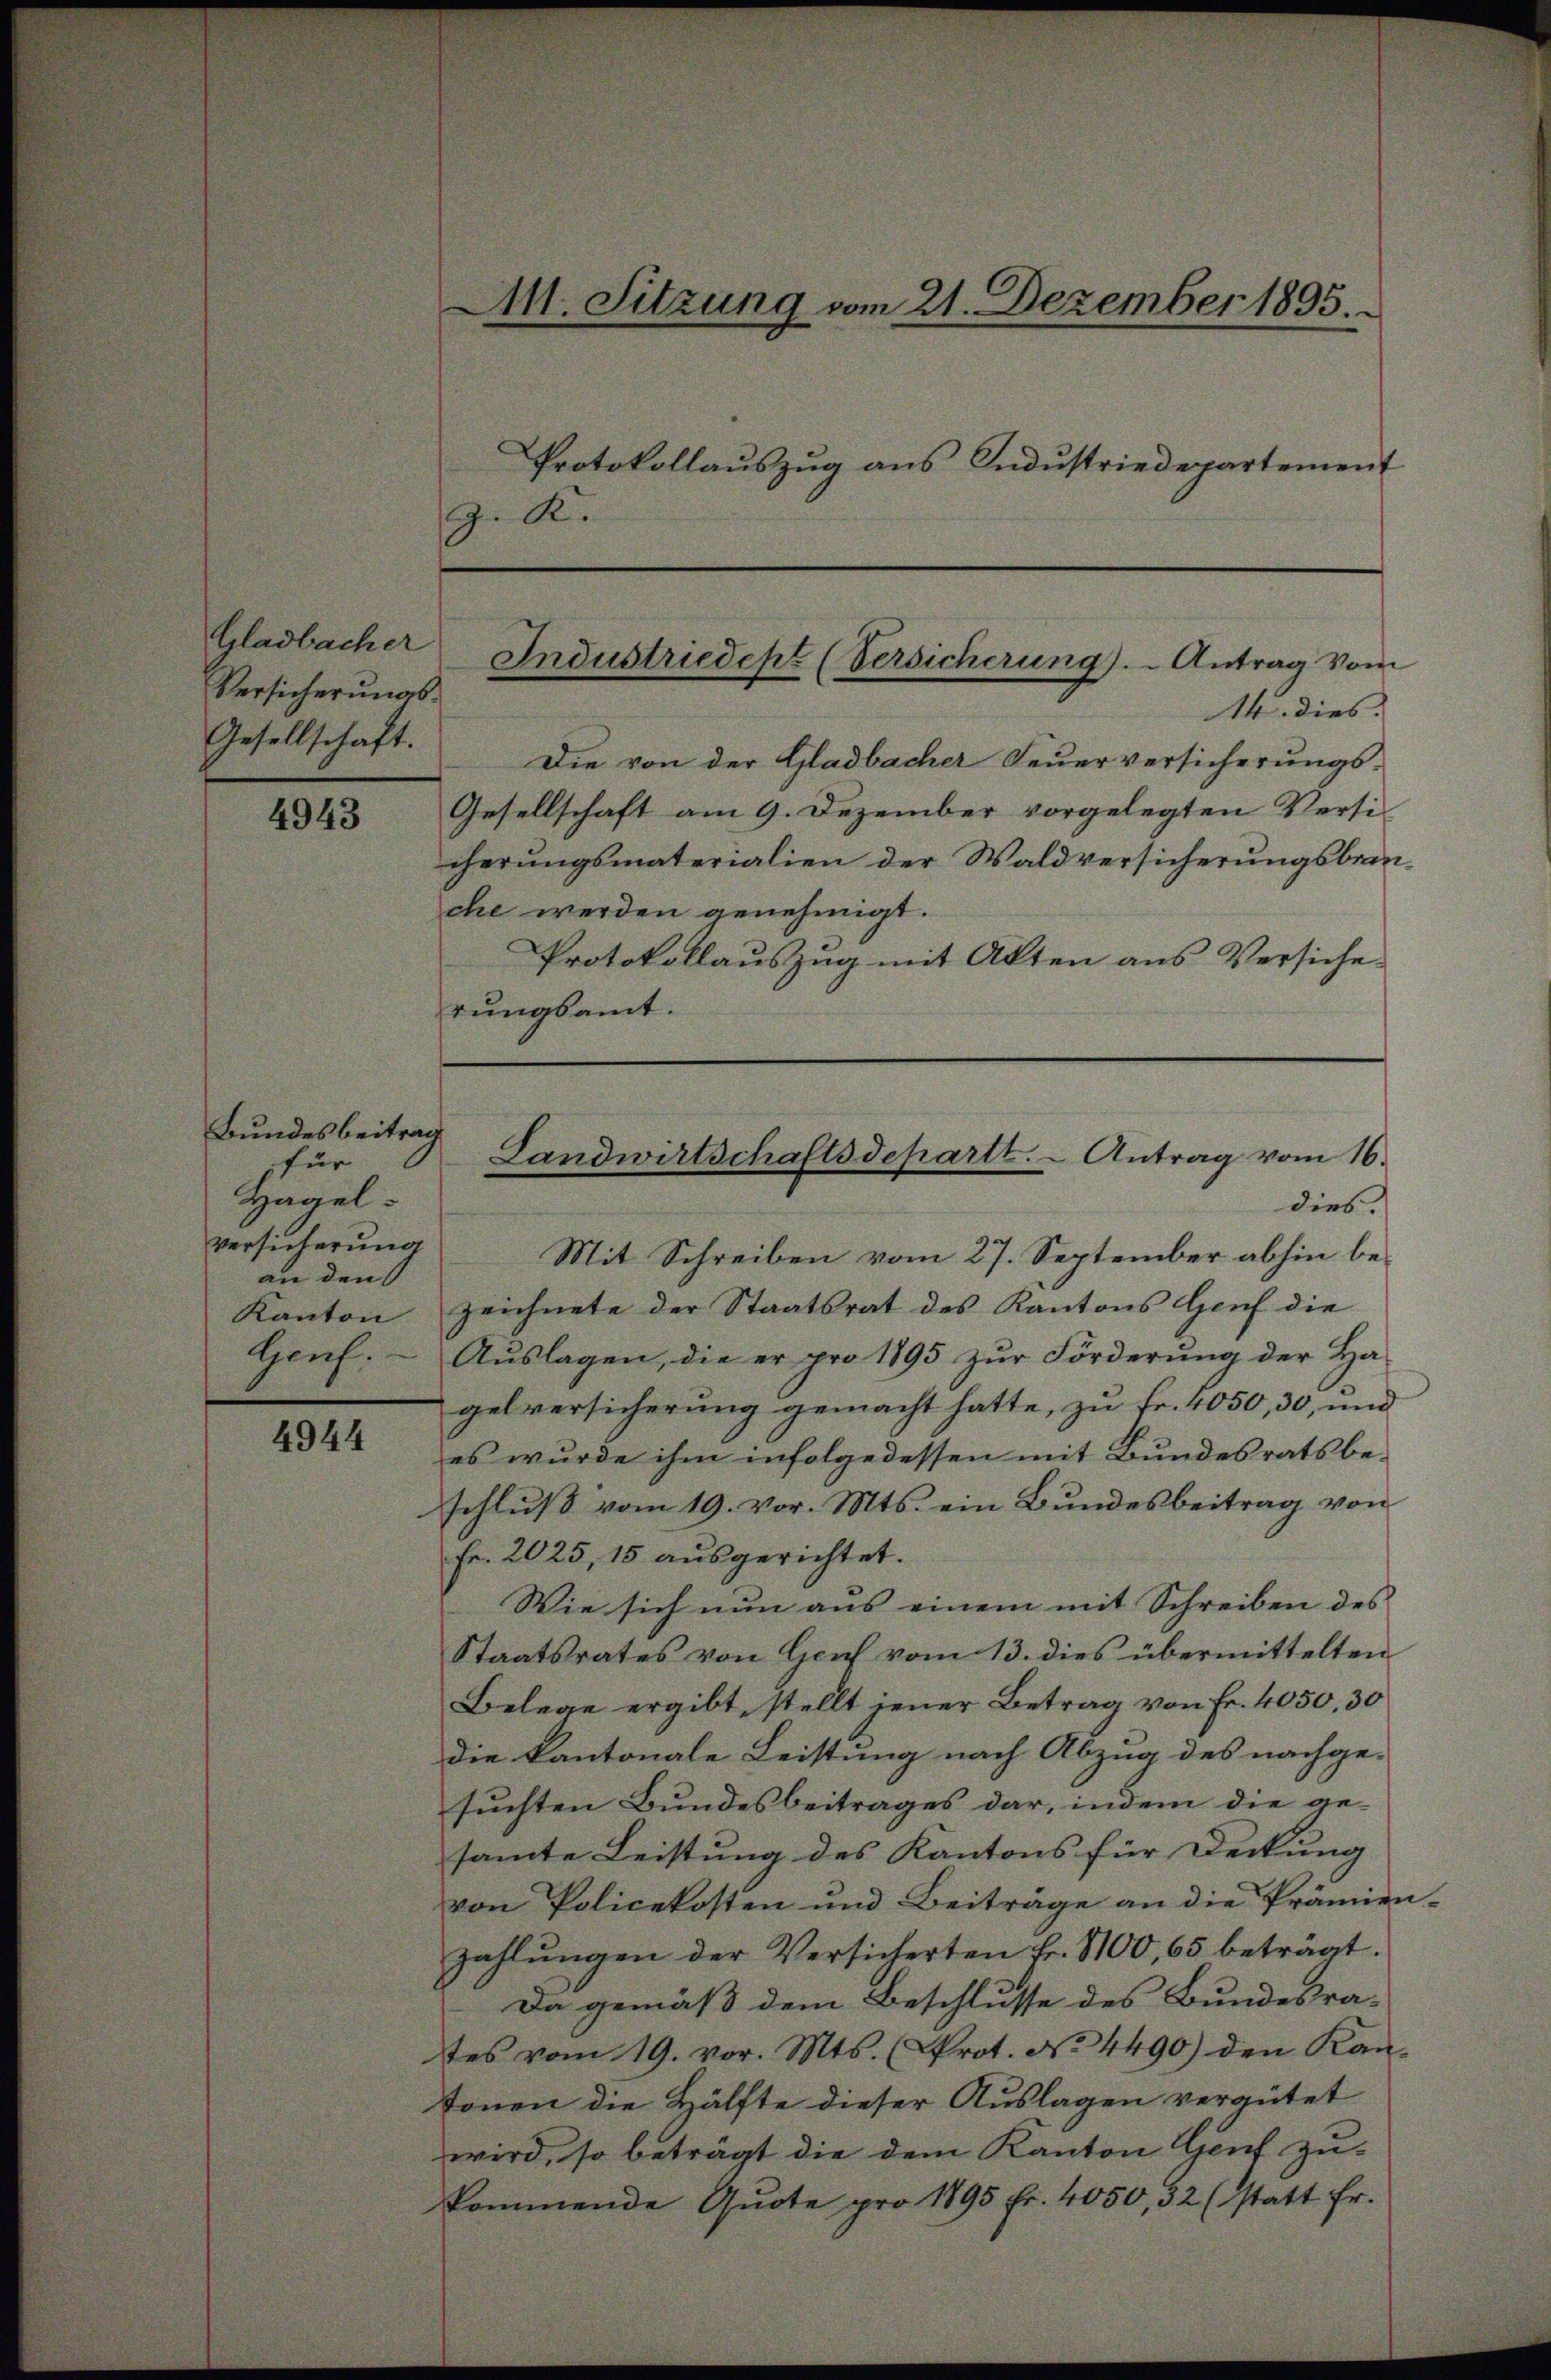
4943

4944

Gladbacher
Versicherungs¬
Gesellschaft.

Bundesbeitrag
für
Hagel
Versicherung
an den
Kanton
Gauf:

M. Sitzung vom 21. Dezember 1895.
Protokollauszug aus Industriedepartement

Industriedept (Versicherung). Antrag vom

Z. K.

14. dies
Die von der Gladbacher Feuerversicherungs¬
Gesellschaft am 9. Dezember vorgelegten Versicherungsmaterialien der Waldversicherungsbranche werden genehmigt.
Protokollauszug mit Akten aus Versiche
rungsamt.

Mit Schreiben vom 27. September abhin bezeichnete der Staatsrat des Kantons Genf die
Auslagen, die er pro 1895 zur Förderung der Ha-
gelversicherung gemacht hatte, zu Fr. 4050, 30, und
es wurde ihm infolgedessen mit Bundesratsbe-
schluß vom 19. vor. Mts. ein Bundesbeitrag von
Fr. 2025, 15 ausgerichtet.
Wie sich nun aus einem mit Schreiben des
Staatsrates von Genf vom 13. dies übermittelten
Belege ergibt, stellt jener Betrag von Fr. 4050, 30
die kantonale Leistung nach Abzug des nachge-
suchten Bundesbeitrages dar, indem die gesamte Leistung des Kantons für Deckung
von Policekosten und Beiträge an die Prämien-
zahlŭngen der Versicherten fr. 1100, 65 beträgt.
Da gemäß dem Beschlüsse des Bundesra-
tes vom 19. vor. Mts. (Prot. No 4490) den Kan-
tonen die Hälfte dieser Auslagen vergütet
wird, so beträgt die dem Kanton Genf zu-
kommende Quote pro 1895 fr. 4050, 32 (statt fr.

Landwirtschaftsdepartt. - Antrag vom 16.
dies.